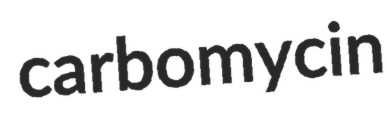
carbomycin